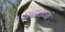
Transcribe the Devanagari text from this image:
प्रदातव्यं